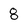
Character: 8